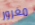
مغرور